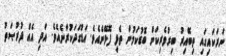
ނަރަކައިގައި ތިބޭއިރު ބިރުވެރިކަން ބޮޑުކަމުން ތެޅި ފޮޅޭނެއެވެ. އަޑުގަދަކުރާނެއެވެ. އަދި އެއް ފުރުޞަތު